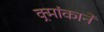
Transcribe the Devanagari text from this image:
क्र्मांकाने